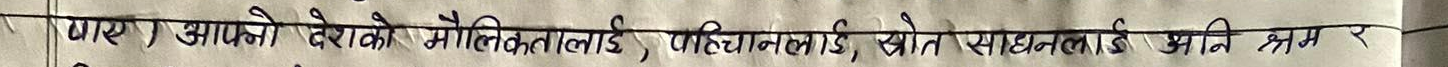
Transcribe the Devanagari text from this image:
गए) आफ्नो देशको मौलिकतालाई, पहिचानलाई, स्रोत साधनलाई अनि श्रम र